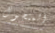
المتجول